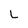
Character: L